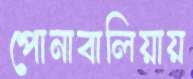
পোনাবালিয়ায়